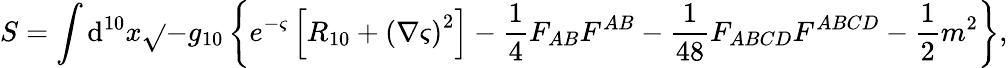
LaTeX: S=\int\mathrm{d}^{10}x\sqrt{}{{-g_{10}}}\left\{ e^{-\varsigma}\left[R_{10}+\left(\nabla\varsigma\right)^{2}\right]-\frac{{1}}{{4}}F_{AB}F^{AB}-\frac{{1}}{{48}}F_{ABCD}F^{ABCD}-\frac{{1}}{{2}}m^{2}\right\} ,